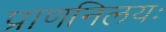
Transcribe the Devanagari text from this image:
प्राणनिलयः